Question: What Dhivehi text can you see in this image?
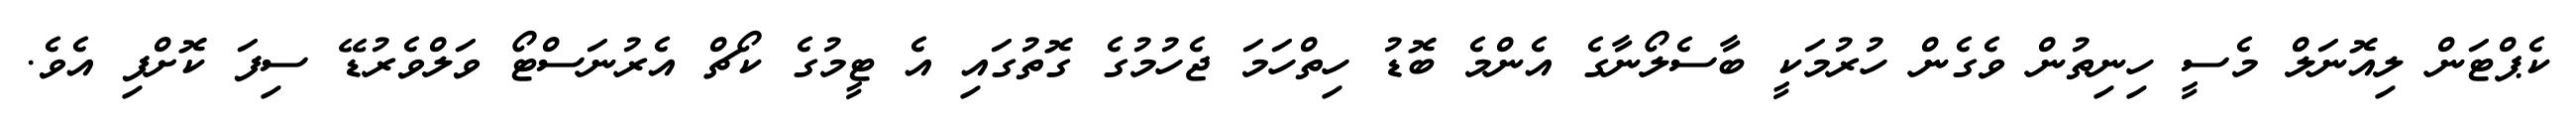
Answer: ކެޕްޓަން ލިއޮނަލް މެސީ ހިނިތުން ވެގެން ހުރުމަކީ ބާސެލޯނާގެ އެންމެ ބޮޑު ހިތްހަމަ ޖެހުމުގެ ގޮތުގައި އެ ޓީމުގެ ކޯޗް އެރުނަސްޓޯ ވަލްވެރުޑޭ ސިފަ ކޮށްފި އެވެ.